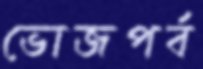
ভোজপর্ব